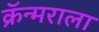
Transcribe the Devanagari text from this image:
क्रॅन्मराला